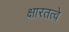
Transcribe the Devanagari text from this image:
क्षारतत्वे